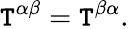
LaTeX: \mathtt{T}^{\alpha\beta}=\mathtt{T}^{\beta\alpha}.